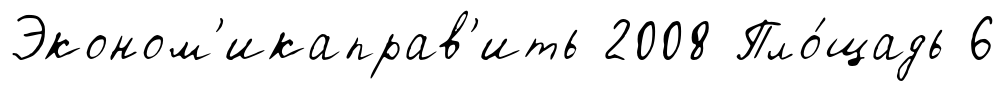
Эконом'икаправ'ить 2008 Пло́щадь 6